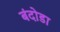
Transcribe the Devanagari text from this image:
बंदोडा